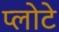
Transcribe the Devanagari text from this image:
प्लोटे